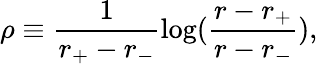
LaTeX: \rho\equiv\frac{1}{r_{+}-r_{-}}\log(\frac{r-r_{+}}{r-r_{-}}),